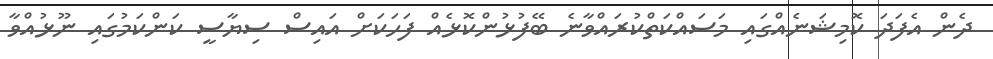
ދެން އެފަދަ ކޮމިޝަނެއްގައި މަސައްކަތްކުރައްވާނެ ބޭފުޅުންކޮޅެއް ފަހަކަށް އައިސް ސިޔާސީ ކަންކަމުގައި ނޫޅުއްވާ